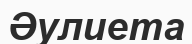
Әулиета